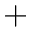
+